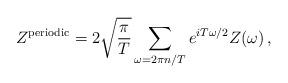
LaTeX: \begin{align*}Z^{{\rm periodic}} = 2\sqrt{\frac{\pi}{T}} \sum_{\omega = 2\pi n/T}e^{iT\omega/2} Z(\omega) \,,\end{align*}